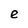
Character: e